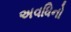
અવધિનો